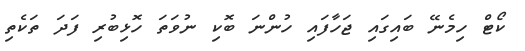
ކޯޓް ހިމެނޭ ބައިގައި ޖަހާފައި ހުންނަ ބޮކި ނުވަތަ ހޮޅިބުރި ފަދަ ތަކެތި